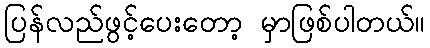
ပြန်လည်ဖွင့်ပေးတော့ မှာဖြစ်ပါတယ်။